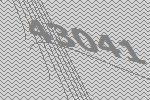
43041